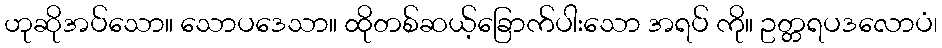
ဟုဆိုအပ်သော။ သောပဒေသာ။ ထိုတစ်ဆယ့်ခြောက်ပါးသော အရပ် ကို။ ဥတ္တရပဒလောပံ၊